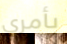
بأمري